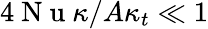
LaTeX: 4\mathrm{~N~u~}\kappa/A\kappa_{t}\ll 1